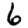
Digit: 6